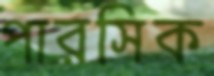
পারসিক